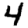
Digit: 4